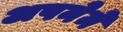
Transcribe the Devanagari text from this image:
अपनेमेँ